Vaccination in Bombay 1889-1901 - 1889-1901
Year: 1889
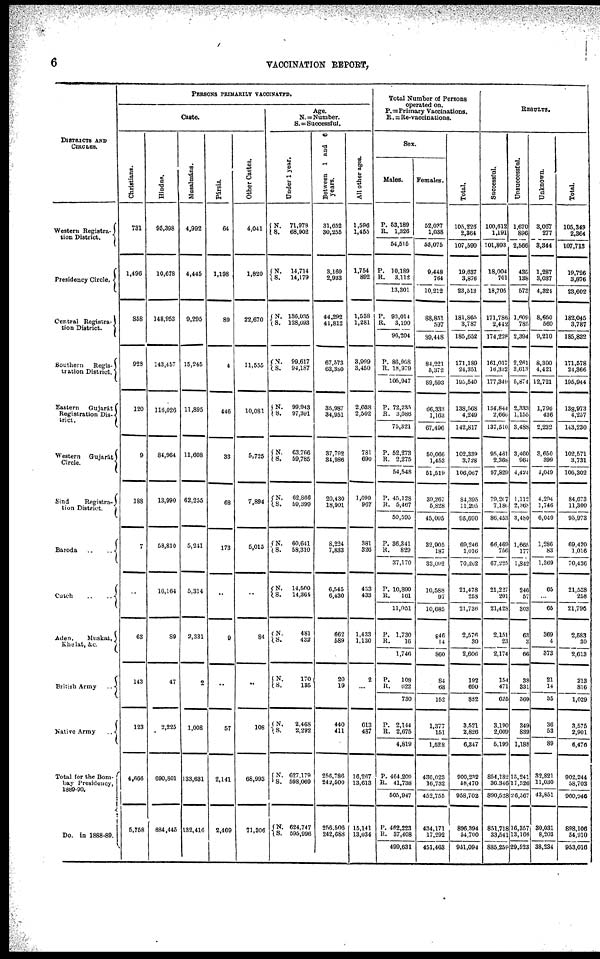
6
VACCINATION REPORT,
DISTRICTS AND
CIRCLES.
Western Registra-
tion District.
Presidency Circle.
Central Registra-
tion District.
Southern
Regis-
tration District.
Eastern
Gujarát
Registration Dis-
trict.
Western
Gujarát
Circle.
Sind
Registra-
tion District.
Baroda
..
..
Cutch
..
..
Aden,
Muskat,
Khelat, &c.
British Army
..
Native Army
..
Total for the Bom-
bay Presidency,
1889-90.
Do. in 1888-89.
PERSONS PRIMARILY VACCINATED.
Caste.
Christians.
731
1,496
858
923
120
9
188
7
..
63
143
123
4,666
5,758
Hindus.
95,398
10,678
148,953
143,457
116,026
84,964
13,990
58,810
16,164
89
47
2,225
690,801
684,445
Musalmáns.
4,992
4,445
9,295
15,245
11,895
11,608
62,255
5,241
5,314
2,331
2
1,008
133,631
132,416
Pársis.
64
1,198
89
4
446
33
68
173
..
9
..
57
2,141
2,469
Other Castes.
4,041
1,820
22,670
11,555
10,081
5,725
7,894
5,015
..
84
..
108
68,993
71,306
Age.
N. = Number.
S.=Successful.
Under 1 year.
N.
S.
71,978
68,902
N.
S.
14,714
14,179
N.
S.
136,035
128,693
N.
S.
99,617
94,187
N.
S.
99,943
97,391
N.
S.
63,766
59,785
N.
S.
62,866
59,399
N.
S.
60,641
58,310
N.
S.
14,500
14,364
N.
S.
481
432
N.
S.
170
185
N.
S.
2,468
2,292
N.
S.
627,179
598,069
N. S.
624,747
595,996
Between 1 and 6
years.
31,652
30,255
3,169
2,933
44,292
41,812
67,573
63,380
35,987
34,951
37,792
34,986
20,430
18,901
8,224
7,833
6,545
6,430
662
589
20
19
440
411
256,786
242,500
256,506
242,688
All other ages.
1,596
1,455
1,754
892
1,538
1,281
3,999
3,450
2,038
2,502
781
690
1,099
967
381
326
433
433
1,433
1,130
2
...
613
487
16,267
13,613
15,141
13,034
Total Number of Persons
operated on.
P.=Primary Vaccinations.
R. = Re-vaccinations.
Sex.
Males.
P.
R.
53,189
1,326
54,515
P.
R.
10,189
3,112
13,301
P.
R.
93,014
3,190
96,204
P.
R.
86,968
18,979
105,947
P.
R.
72,235
3,086
75,321
P.
R
52,273
2,275
54,548
P.
R.
45,128
5,467
50,595
P.
R.
36,341
829
37,170
P.
R.
10,890
161
11,051
P.
R.
1,730
16
1,746
P.
R.
108
622
730
P.
R.
2,144
2,675
4,819
P.
R.
464,209
41,738
505,947
P.
R.
462,223
37,408
499,631
Females.
52,037
1,038
53,075
9,448
764
10,212
88,851
597
89,448
81,221
5,372
89,593
66,333
1,163
67,496
50,066
1,453
51,519
39,267
5,828
45,095
32,905
187
33,092
10,588
97
10,685
846
14
860
84
68
152
1,377
151
1,528
436,023
16,732
452,755
434,171
17,292
451,463
Total.
105,226
2,364
107,590
19,637
3,876
23,513
181,865
3,787
185,652
171,189
24,351
195,540
138,568
4,249
142,817
102,339
3,728
106,067
84,395
11,295
95,690
69,246
1,016
70,262
21,478
258
21,736
2,576
30
2,606
192
690
882
3,521
2,826
6,347
900,232
58,470
958,702
896,394
54,700
951,094
RESULTS.
Successful.
100,612
1,191
101,803
18,004
701
18,705
171,786
2,442
174,228
161,017
16,332
177,349
134,844
2,660
137,510
95,461
2,368
97,829
79,267
7,186
86,453
66,469
756
67,225
21,227
201
21,428
2,151
23
2,174
154
471
625
3,190
2,009
5,199
854,182
30,346
890,528
851,718
33,541
885,259
Unsuccessful.
1,670
896
2,566
435
138
573
1,609
785
2,394
2,261
3,613
5,874
2,333
1,155
3,488
3,460
964
4,424
1,112
2,368
3,480
1,665
177
1,842
246
57
303
63
3
66
38
331
369
349
839
1,188
15,241
11,326
26,567
16,357
13,166
29,523
Unknown.
3,067
277
3,344
1,287
3,037
4,324
8,650
560
9,210
8,300
4,421
12,721
1,796
436
2,232
3,650
399
4,049
4,294
1,746
6,040
1,286
83
1,369
65
...
65
369
4
373
21
14
35
36
53
89
32,821
11,030
43,851
30,031
8,203
38,234
Total.
105,349
2,364
107,713
19,726
3,876
23,602
182,045
3,787
185,832
171,578
24,366
195,944
133,973
4,257
143,230
102,571
3,731
106,302
84,673
11,300
95,973
69,420
1,016
70,436
21,538
258
21,796
2,583
30
2,613
213
816
1,029
3,575
2,901
6,476
902,244
58,702
960,946
898,106
54,910
953,016